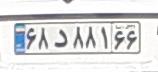
۶۸د۸۸۱۶۶